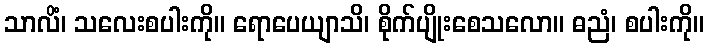
သာလိံ၊ သလေးစပါးကို။ ရောပေယျာသိ၊ စိုက်ပျိုးစေသလော။ ဓညံ၊ စပါးကို။